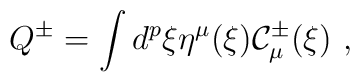
Q^{\pm }=\int d^{p}\xi \eta ^{\mu }(\xi ){\cal C}_{\mu }^{\pm }(\xi )\ ,